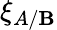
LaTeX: \xi_{A/\mathbf{B}}